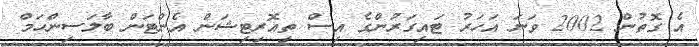
އެ ގޮތުން 2002 ވަނަ އަހަރު ޓައިގަރުންގެ އިސް ތިއޮރިޓިޝަން އެންޓަން ބާލަސިންހަމް